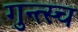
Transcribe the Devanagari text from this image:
गुन्त्स्च